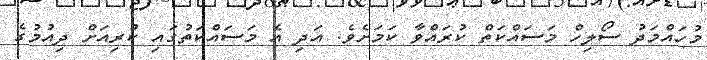
މުހައްމަދު ސޯލިހް މަސައްކަތް ކުރައްވާ ކަމަށެވެ. އަދި އެ މަަސައްކަތުގައި ކުރިއަށް ދިއުމުގެ